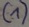
Text: (1)